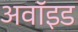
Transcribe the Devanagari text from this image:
अवॉइड